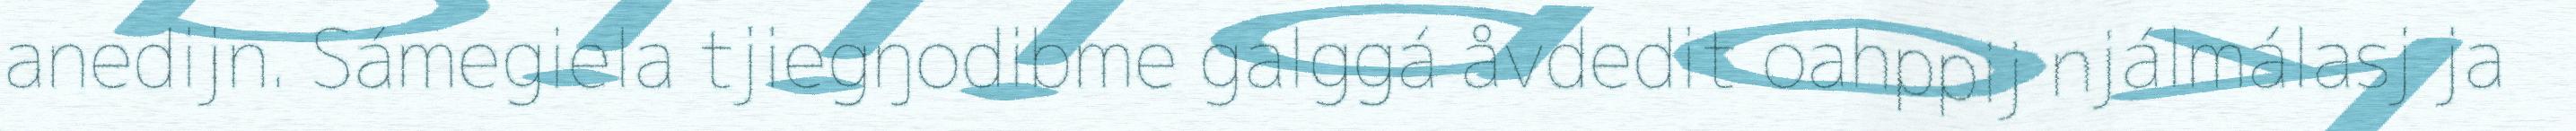
anedijn. Sámegiela tjiegŋodibme galggá åvdedit oahppij njálmálasj ja